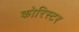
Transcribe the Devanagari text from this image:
कोरिस्टर